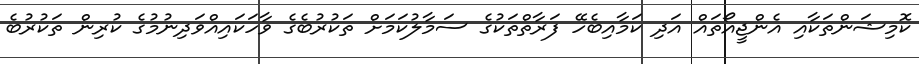
ކޮމިޝަންތަކާއި އެންޖީއޯތައް އަދި ކަމާއިބެހޭ ފަރާތްތަކުގެ ސަމާލުކަމަށް ތަކުރުބެގެ ވާހަކައިއްވަދިނުމުގެ ކުރިން ތަކުރުބެ